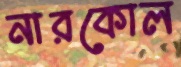
নারকোল